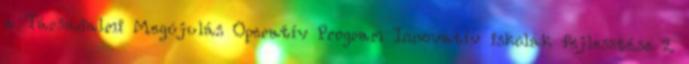
a Társadalmi Megújulás Operatív Program Innovatív iskolák fejlesztése 2.